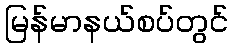
မြန်မာနယ်စပ်တွင်